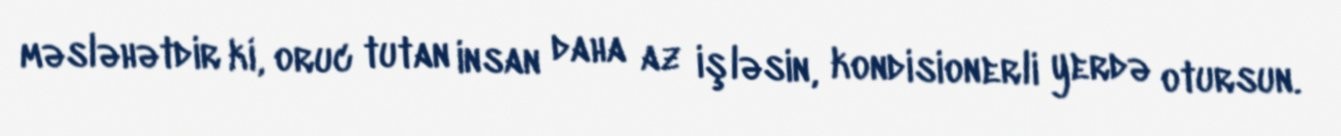
məsləhətdir ki, oruc tutan insan daha az işləsin, kondisionerli yerdə otursun.